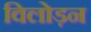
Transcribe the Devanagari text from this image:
विलोड़न